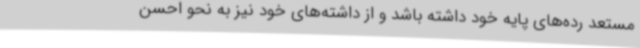
مستعد رده‌های پایه خود داشته باشد و از داشته‌های خود نیز به نحو احسن